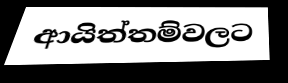
ආයිත්තම්වලට